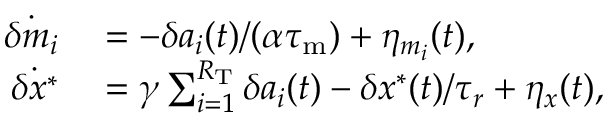
\begin{array} { r l } { \dot { \delta m _ { i } } } & { { } = - \delta a _ { i } ( t ) / ( \alpha { \tau _ { \mathrm { m } } } ) + \eta _ { m _ { i } } ( t ) , } \\ { \dot { \delta x ^ { \ast } } } & { { } = \gamma \sum _ { i = 1 } ^ { R _ { \mathrm { T } } } \delta a _ { i } ( t ) - \delta x ^ { * } ( t ) / \tau _ { r } + \eta _ { x } ( t ) , } \end{array}